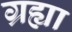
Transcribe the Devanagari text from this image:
ग्रह्या